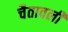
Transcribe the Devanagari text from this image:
चैतावली